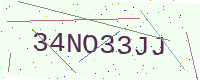
Text: 34NO33JJ